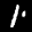
Label: 1